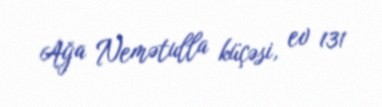
Ağa Nemətulla küçəsi, ev 131